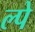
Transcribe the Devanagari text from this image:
ल्पे